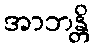
အာဘန္တိ